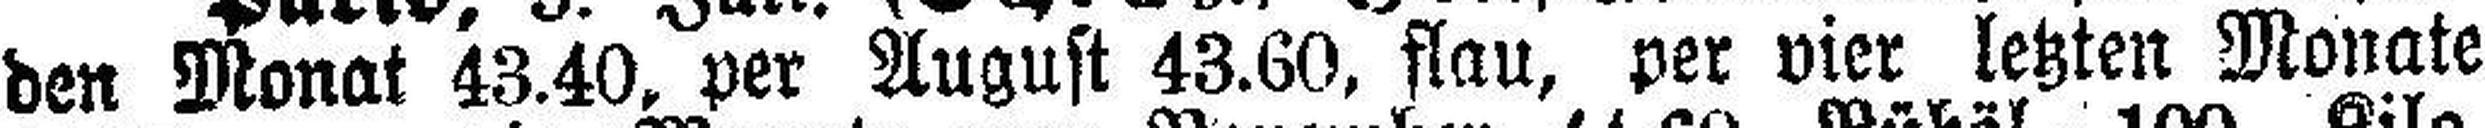
den Monat 43.40, per August 43.60, flau, per vier letzten Monate